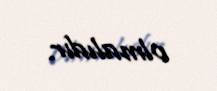
olmalıdır.